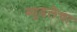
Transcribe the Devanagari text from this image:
ब्युडलेचा